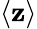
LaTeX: \langle\mathbf{z}\rangle